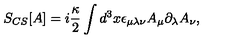
S _ { C S } [ A ] = i \frac { \kappa } { 2 } \int d ^ { 3 } x \epsilon _ { \mu \lambda \nu } A _ { \mu } \partial _ { \lambda } A _ { \nu } ,